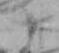
十